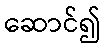
ဆောင်၍